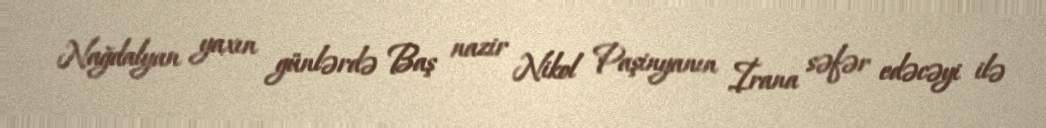
Nağdalyan yaxın günlərdə Baş nazir Nikol Paşinyanın İrana səfər edəcəyi ilə